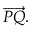
{ \overrightarrow { P Q } } .